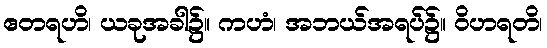
ဧတရဟိ၊ ယခုအခါ၌။ ကဟံ၊ အဘယ်အရပ်၌။ ဝိဟရတိ၊